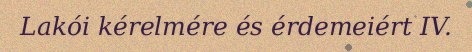
Lakói kérelmére és érdemeiért IV.